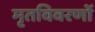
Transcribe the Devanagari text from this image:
मृतविवरणों